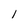
Character: l